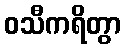
ဝသီကရိတွာ